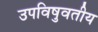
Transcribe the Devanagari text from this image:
उपविषुवतीय